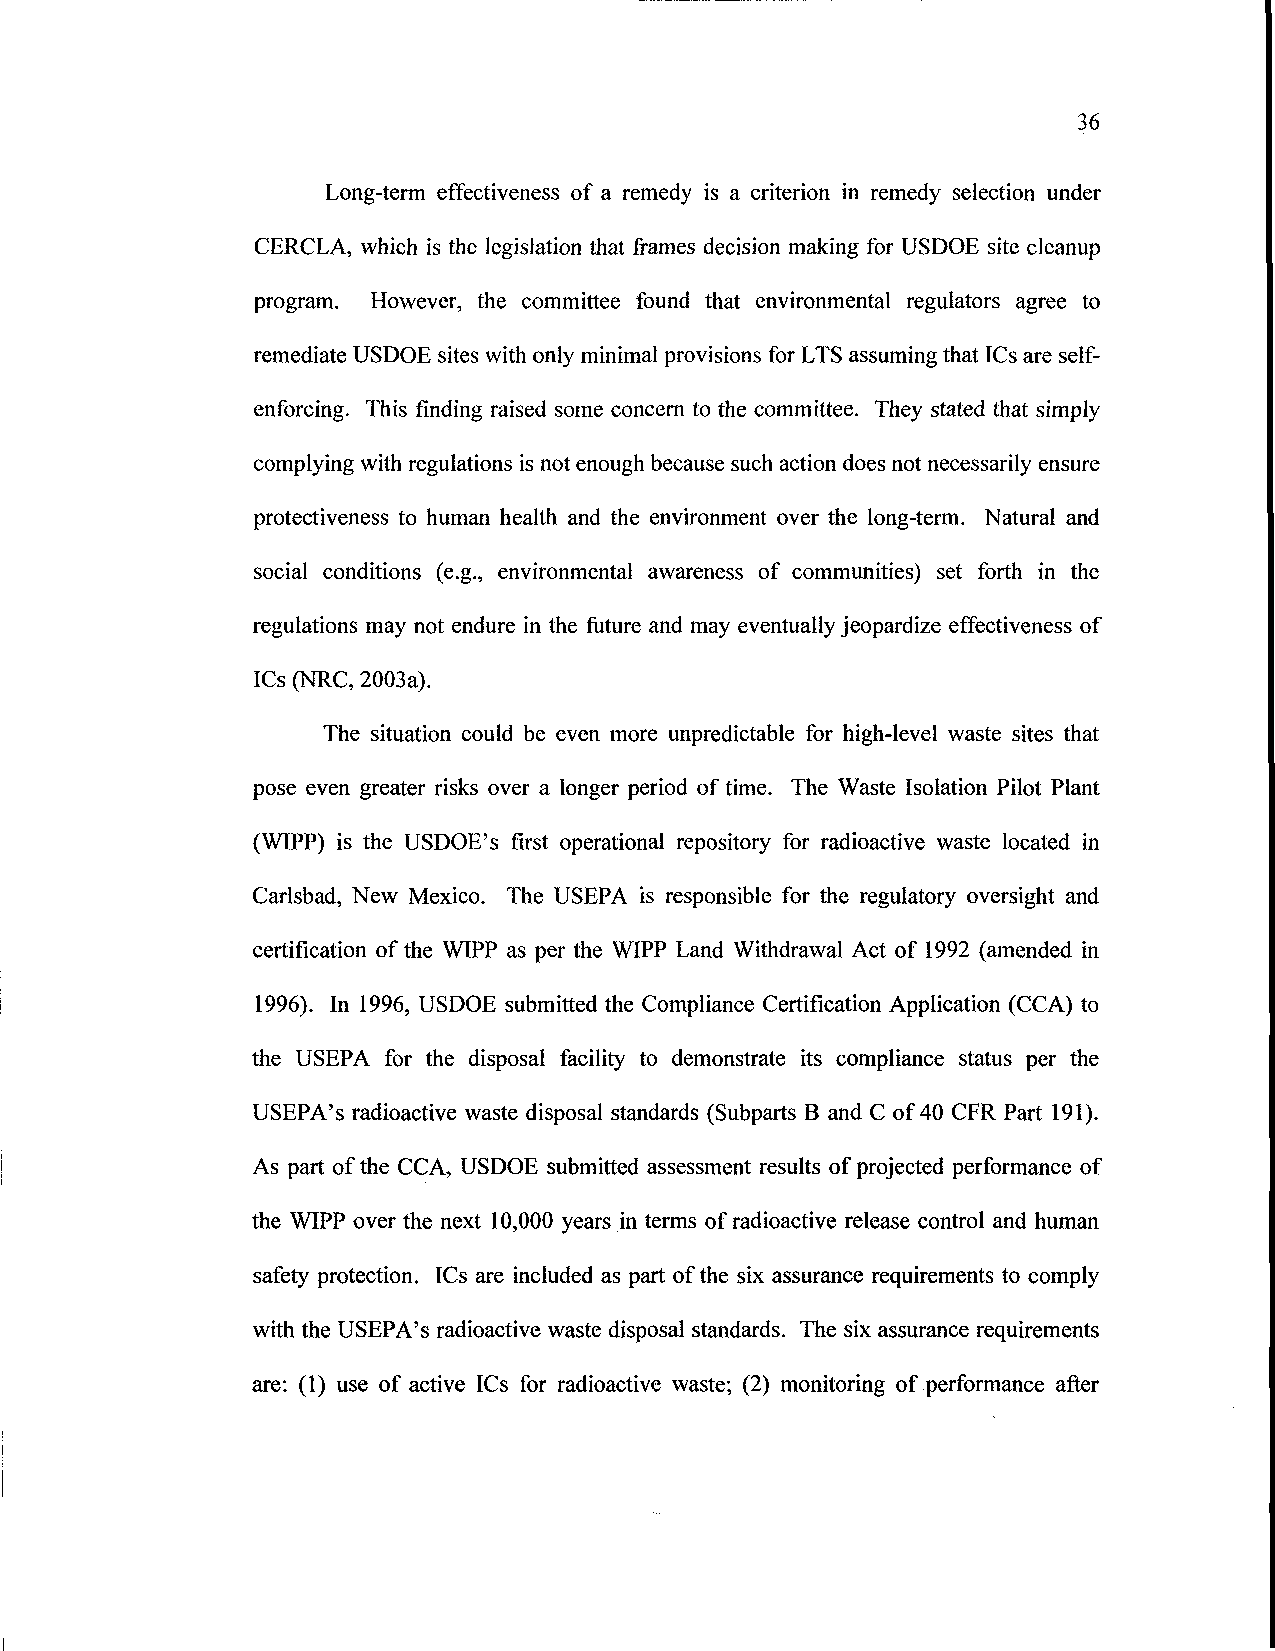
36
 Long-term effectiveness of a remedy is a criterion in remedy selection under
 CERCLA, which is the legislation that frames decision making for USDOE site cleanup
 program. However, the committee found that environmental regulators agree to
 remediate USDOE sites with only minimal provisions for LTS assuming that ICs are self-
 enforcing. This finding raised some concern to the committee. They stated that simply
 complying with regulations is not enough because such action does not necessarily ensure
 protectiveness to human health and the environment over the long-term. Natural and
 social conditions (e.g., environmental awareness of communities) set forth in the
 regulations may not endure in the future and may eventually jeopardize effectiveness of
 ICs (NRC, 2003a).
 The situation could be even more unpredictable for high-level waste sites that
 pose even greater risks over a longer period of time. The Waste Isolation Pilot Plant
 (WIPP) is the USDOE's first operational repository for radioactive waste located in
 Carlsbad, New Mexico. The USEPA is responsible for the regulatory oversight and
 certification of the WIPP as per the WIPP Land Withdrawal Act of 1992 (amended in
 1996). In 1996, USDOE submitted the Compliance Certification Application (CCA) to
 the USEPA for the disposal facility to demonstrate its compliance status per the
 USEPA's radioactive waste disposal standards (Subparts B and C of 40 CFR Part 191).
 As part of the CCA, USDOE submitted assessment results of projected performance of
 the WIPP over the next 10,000 years in terms of radioactive release control and human
 safety protection. ICs are included as part of the six assurance requirements to comply
 with the USEPA's radioactive waste disposal standards. The six assurance requirements
 are: (1) use of active ICs for radioactive waste; (2) monitoring of performance after